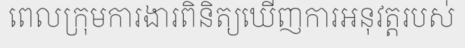
ពេលក្រុមការងារពិនិត្យឃើញការអនុវត្តរបស់